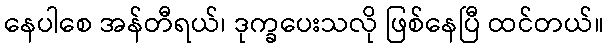
နေပါစေ အန်တီရယ်၊ ဒုက္ခပေးသလို ဖြစ်နေပြီ ထင်တယ်။